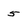
Character: 5